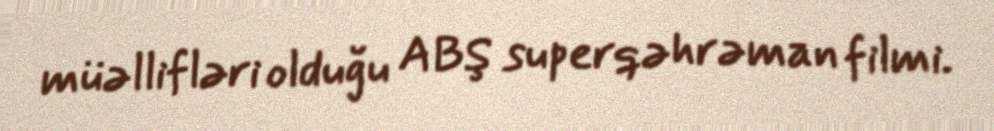
müəllifləri olduğu ABŞ superqəhrəman filmi.